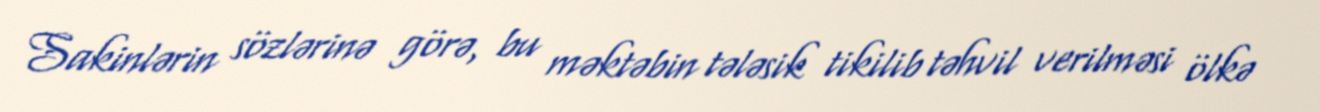
Sakinlərin sözlərinə görə, bu məktəbin tələsik tikilib təhvil verilməsi ölkə